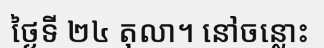
ថ្ងៃទី ២៤ តុលា។ នៅចន្លោះ